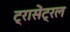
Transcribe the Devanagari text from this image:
ट्रासेंट्रल